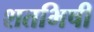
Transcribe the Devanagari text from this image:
शतभिषी